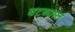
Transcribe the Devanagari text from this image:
बटब्याल